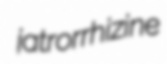
jatrorrhizine